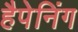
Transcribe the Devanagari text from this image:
हैपेनिंग